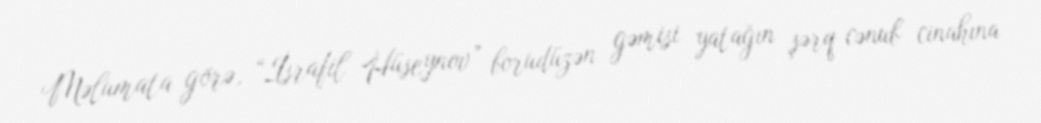
Məlumata görə, “İsrafil Hüseynov” borudüzən gəmisi yatağın şərq-cənub cinahına